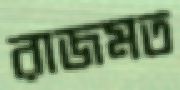
রাজমত